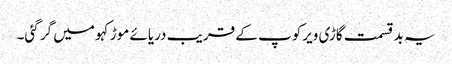
یہ بد قسمت گاڑی ویرکوپ کے قریب دریائے موڑکہو میں گر گئی۔